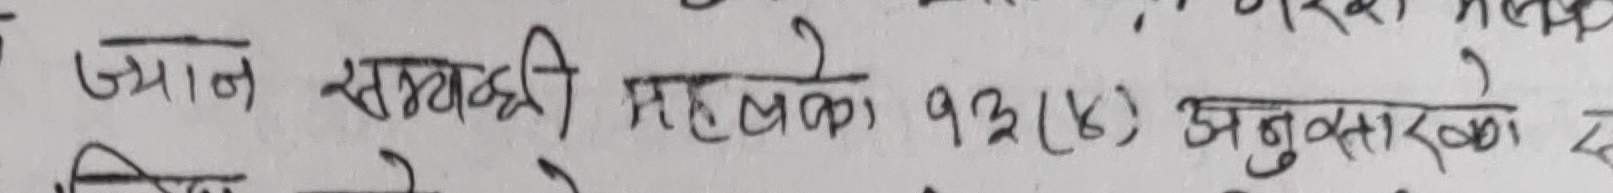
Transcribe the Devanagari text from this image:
ज्यान सम्बन्धी महलको १३(७) अनुसारको